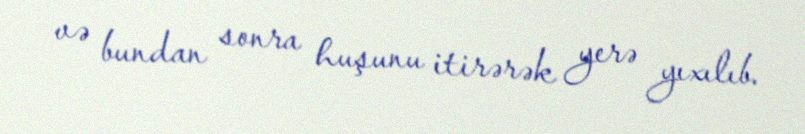
və bundan sonra huşunu itirərək yerə yıxılıb.